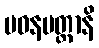
ပဝနပတ္ထာနိ